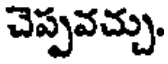
చెప్పవచ్చు.